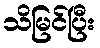
သိမြင်ပြီး